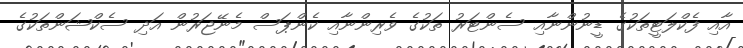
އާއި ފެކްލަޓީތަކުގެ ޑީނުންނާއި ސެންޓަރު ތަކުގެ ވެރިންނާއި ކެންޕަސް މެނޭޖަރުން އަދި ސެކްޝަންތަކުގެ